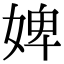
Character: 婢